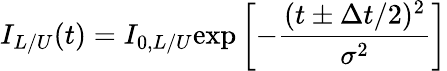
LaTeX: I_{L/U}(t)=I_{0,L/U}\mathrm{exp}\left[-\frac{(t\pm\Delta t/2)^{2}}{\sigma^{2}}\right]